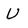
Character: U